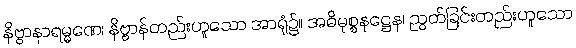
နိဗ္ဗာနာရမ္မဏေ၊ နိဗ္ဗာန်တည်းဟူသော အာရုံ၌။ အဓိမုစ္စနဋ္ဌေန၊ ညွတ်ခြင်းတည်းဟူသော